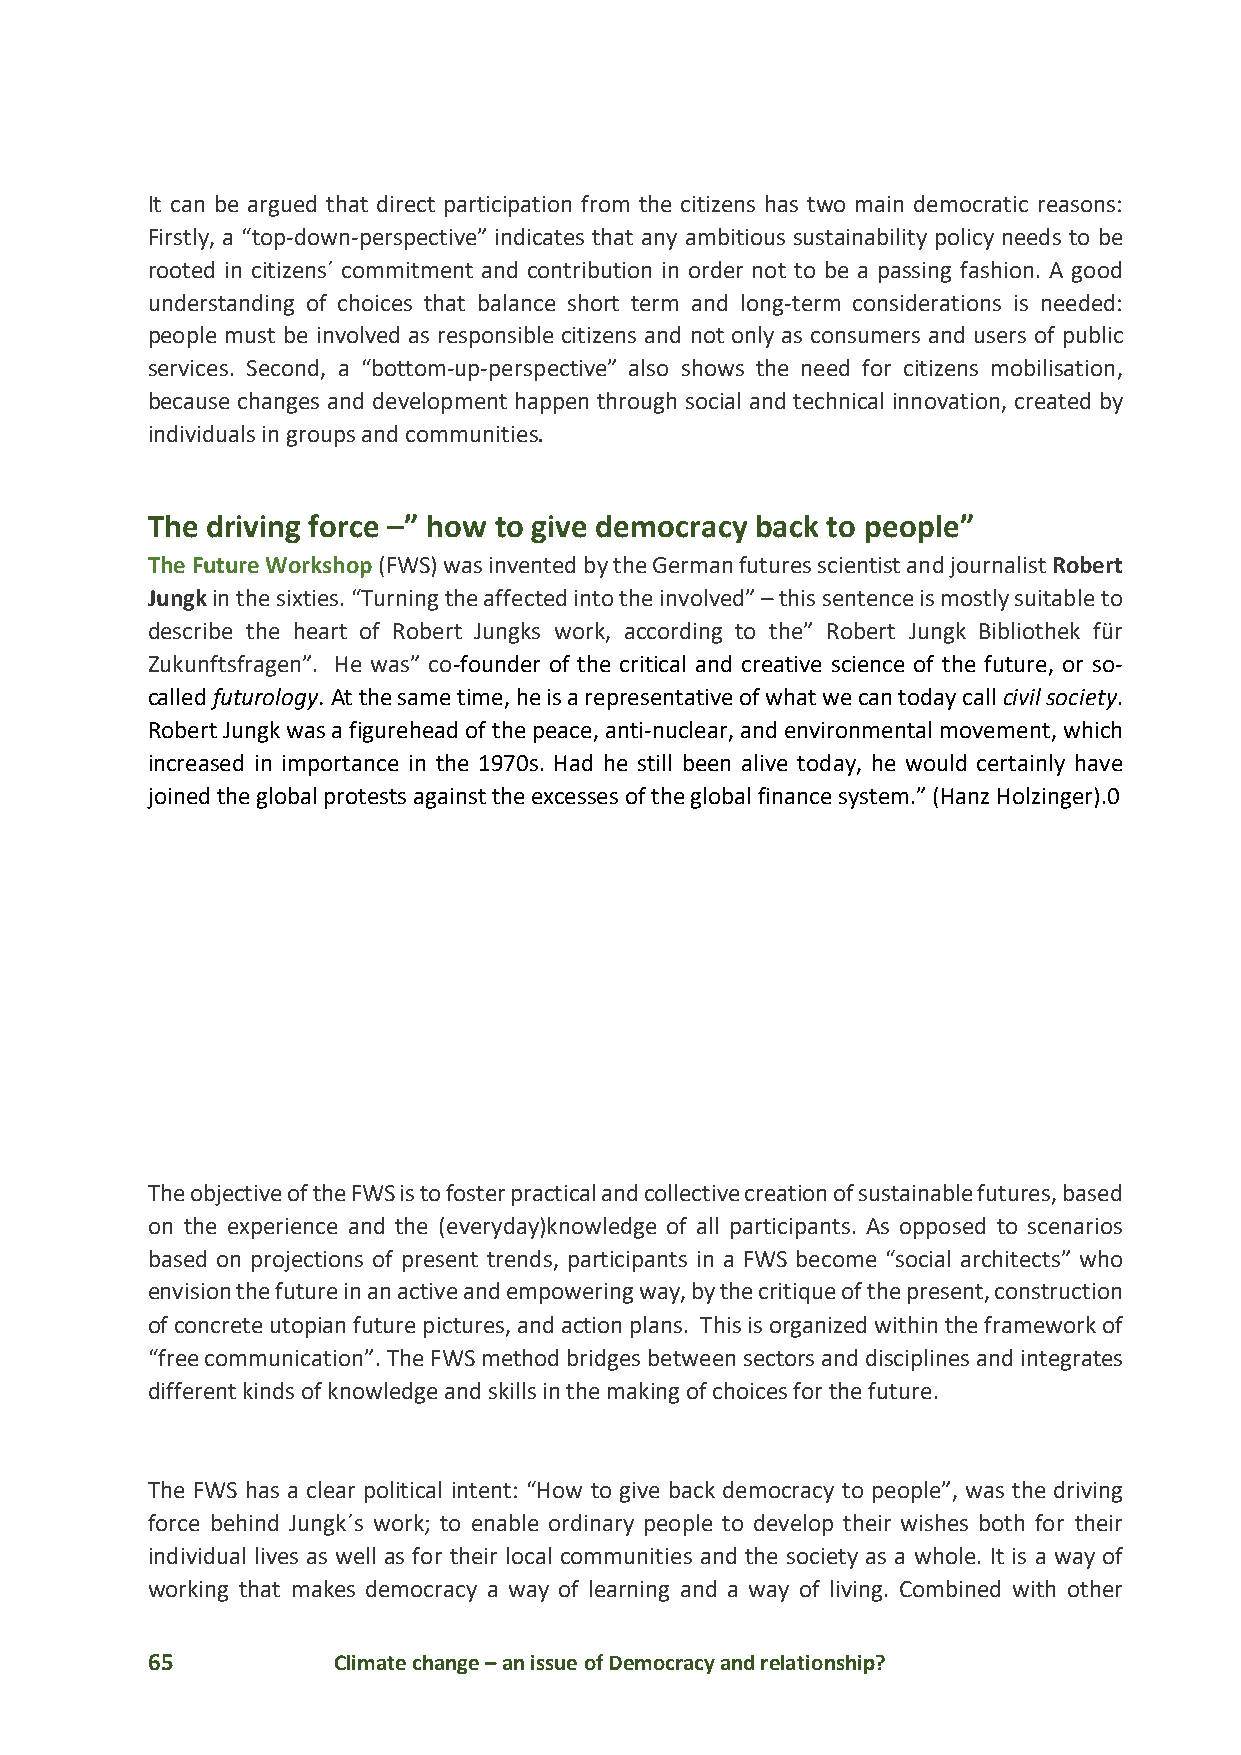
It can be argued that direct participation from the citizens has two main democratic reasons:
 Firstly, a “top-down-perspective” indicates that any ambitious sustainability policy needs to be
 rooted in citizens´ commitment and contribution in order not to be a passing fashion. A good
 understanding of choices that balance short term and long-term considerations is needed:
 people must be involved as responsible citizens and not only as consumers and users of public
 services. Second, a “bottom-up-perspective” also shows the need for citizens mobilisation,
 because changes and development happen through social and technical innovation, created by
 individuals in groups and communities.
 The driving force –” how to give democracy back to people”
 The Future Workshop (FWS) was invented by the German futures scientist and journalist Robert
 Jungk in the sixties. “Turning the affected into the involved” – this sentence is mostly suitable to
 describe the heart of Robert Jungks work, according to the” Robert Jungk Bibliothek für
 Zukunftsfragen”. He was” co-founder of the critical and creative science of the future, or so-
 called futurology. At the same time, he is a representative of what we can today call civil society.
 Robert Jungk was a figurehead of the peace, anti-nuclear, and environmental movement, which
 increased in importance in the 1970s. Had he still been alive today, he would certainly have
 joined the global protests against the excesses of the global finance system.” (Hanz Holzinger).0
 The objective of the FWS is to foster practical and collective creation of sustainable futures, based
 on the experience and the (everyday)knowledge of all participants. As opposed to scenarios
 based on projections of present trends, participants in a FWS become “social architects” who
 envision the future in an active and empowering way, by the critique of the present, construction
 of concrete utopian future pictures, and action plans. This is organized within the framework of
 “free communication”. The FWS method bridges between sectors and disciplines and integrates
 different kinds of knowledge and skills in the making of choices for the future.
 The FWS has a clear political intent: “How to give back democracy to people”, was the driving
 force behind Jungk´s work; to enable ordinary people to develop their wishes both for their
 individual lives as well as for their local communities and the society as a whole. It is a way of
 working that makes democracy a way of learning and a way of living. Combined with other
 65          Climate change – an issue of Democracy and relationship?